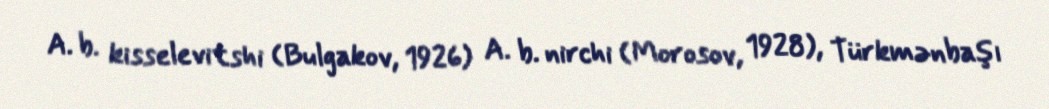
A. b. kisselevitshi (Bulgakov, 1926) A. b. nirchi (Morosov, 1928), Türkmənbaşı